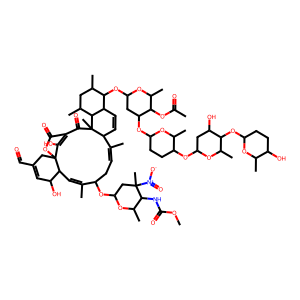
SMILES: COC(=O)NC1C(C)OC(OC2CC=C(C)C3C=CC4C(OC5CC(OC6CCC(OC7CC(O)C(OC8CCC(O)C(C)O8)C(C)O7)C(C)O6)C(OC(C)=O)C(C)O5)C(C)CC(C)C4C3(C)C(=O)C3=C(O)C4(CC(C=O)=CC(O)C4C=C2C)OC3=O)CC1(C)[N+](=O)[O-]
Inhibits HIV replication: No